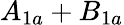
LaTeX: A_{1a}+B_{1a}